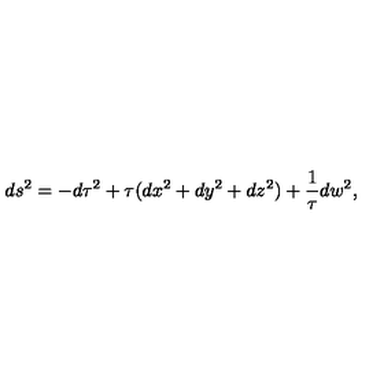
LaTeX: d s ^ { 2 } = - d \tau ^ { 2 } + \tau ( d x ^ { 2 } + d y ^ { 2 } + d z ^ { 2 } ) + \frac { 1 } { \tau } d w ^ { 2 } ,